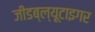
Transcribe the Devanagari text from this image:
जीडब्ल्यूटाइगर